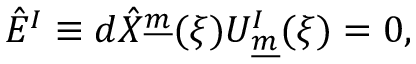
\hat { E } ^ { I } \equiv d \hat { X } ^ { \underline { { { m } } } } ( \xi ) U _ { \underline { { { m } } } } ^ { I } ( \xi ) = 0 , \qquad